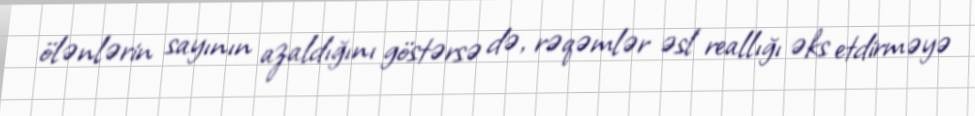
ölənlərin sayının azaldığını göstərsə də, rəqəmlər əsl reallığı əks etdirməyə